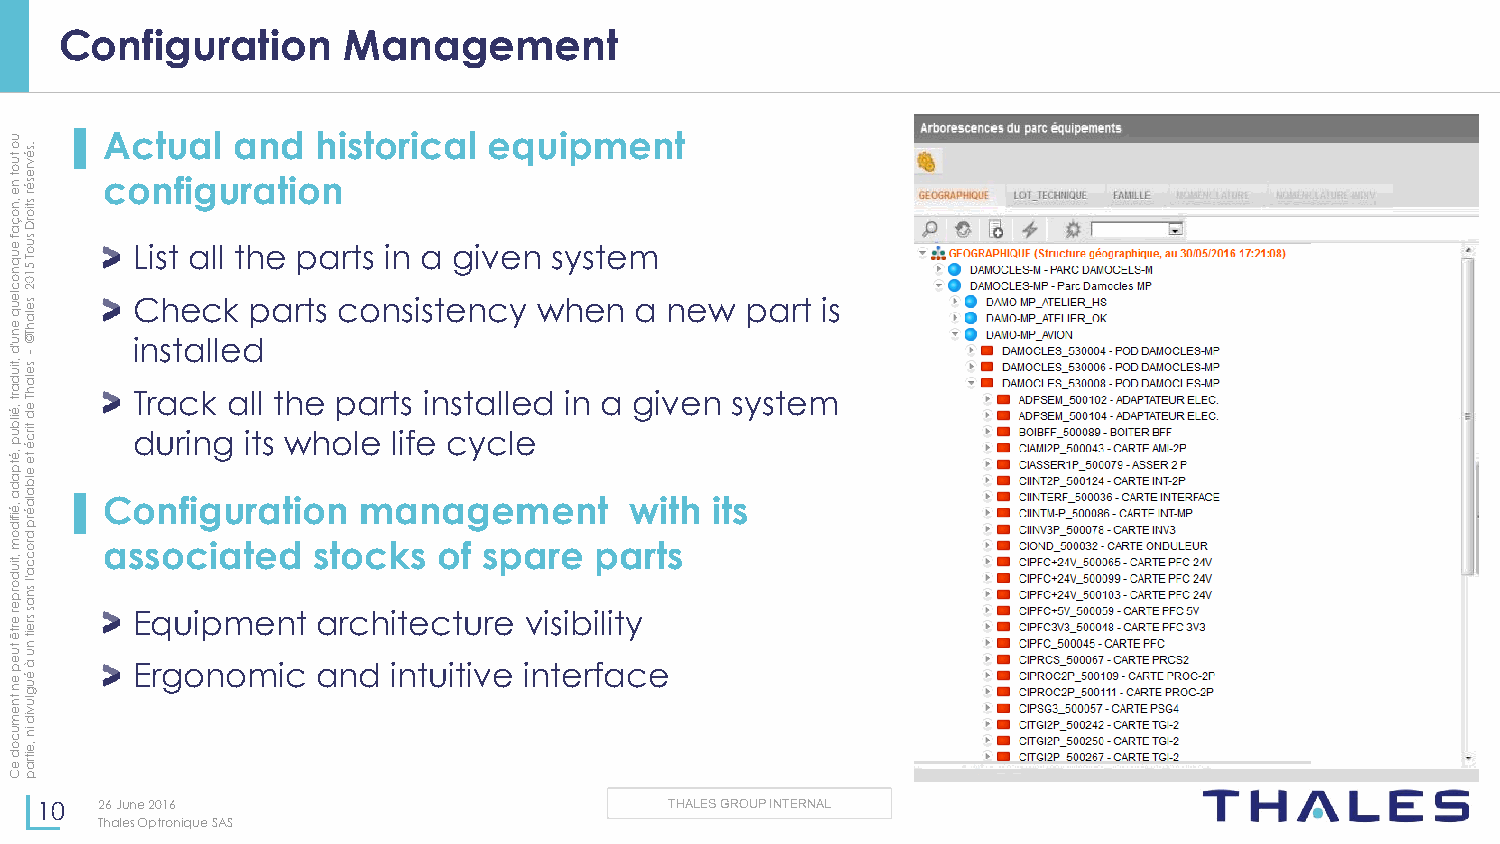
Configuration      Management
 u
 o
 tu o
 t n
 e
 ,n
 o.sé
 v re
 sé
 r
 stio
 ▌A coc ntu fia gl
 u
 a ran td
 io
 h ni storical equipment
 ç
 a
 f
 e u q n o c le
 u
 q
 e
 n
 urD
 su
 so eT
 l
 a5 h1 T0 ©2 L
 C
 inis sht
 t
 e
 aa
 c
 ll ll
 ek
 t dh pe
 a
 rp tsa crt os nin
 s
 ia
 st
 eg niv ce yn
 w
 s hys et ne m
 a new  part is
 'd
 ,tiuse-
 d
 a rt
 ,é
 ilb
 u
 p
 ,é
 tp
 a d a ,é ifid
 ola
 h T
 e
 d
 tirc
 é
 te
 e lb a la é rp
 d
 ▌CoT dr
 u
 na
 r
 fc
 i in
 gk
 g
 ua
 i
 rl tl
 as
 t th
 w
 ioe
 h
 nop la mer t
 l
 ais
 f e
 nin acst gya
 c
 ell le
 e
 md
 e
 in
 n
 ta wgi iv the n
 it
 s sy stem
 mro   associated    stocks  of spare  parts
 ,tiu
 d o rp
 e r e
 rtê
 tuc c
 a 'l sn
 a s sre
 it
 n
 u
 Equipment   architecture  visibility
 e p
 e n
 tn
 à
 é u g
 lu
 Ergonomic   and  intuitive interface
 ev
 mid
 u
 c
 o
 d
 e
 in
 ,e
 itra
 Cp
 10   26 June 2016                         THALES GROUP INTERNAL
 Thales Optronique SAS